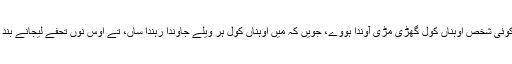
ایس توں علاوہ، جے کوئی شخص اوہناں کول گھڑی مڑی آوندا ہووے، جویں کہ میں اوہناں کول ہر ویلے جاوندا رہندا ساں، تے اوس نوں تحفے لیجانے بند کر دینے چاہیدے نیں۔